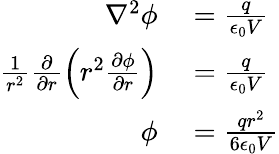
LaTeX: \begin{array}{rl}{\nabla^{2}\phi}&{{}=\frac{q}{\epsilon_{0}V}}\\ {\frac{1}{r^{2}}\frac{\partial}{\partial r}\left(r^{2}\frac{\partial\phi}{\partial r}\right)}&{{}=\frac{q}{\epsilon_{0}V}}\\ {\phi}&{{}=\frac{qr^{2}}{6\epsilon_{0}V}}\end{array}